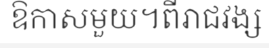
ឱកាសមួយ។ពីរាជវង្ស